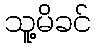
သူ့မိခင်